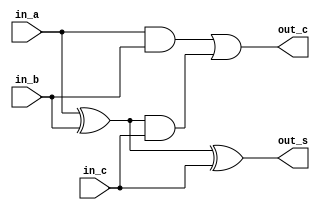
module full_add_1b(out_s, out_c, in_a, in_b, in_c);
    output out_s;
    output out_c;
    input  in_a;
    input  in_b;
    input  in_c;

    wire   temp_1;
    wire   temp_2;
    wire   temp_3;

    xor m0(temp_1, in_a,   in_b);
    and m1(temp_2, in_a,   in_b);
    xor m2(out_s,  temp_1, in_c);
    and m3(temp_3, temp_1, in_c);
    or  m4(out_c,  temp_2, temp_3);
endmodule

module full_add_2b(out_s, out_c, in_a, in_b, in_c);
    output [1:0] out_s;
    output       out_c;
    input  [1:0] in_a;
    input  [1:0] in_b;
    input        in_c;
    wire         carry;

    full_add_1b m6(out_s[0], carry, in_a[0], in_b[0], in_c);
    full_add_1b m5(out_s[1], out_c, in_a[1], in_b[1], carry);
endmodule

module full_add_4b(out_s, out_c, in_a, in_b, in_c);
    output [3:0] out_s;
    output       out_c;
    input  [3:0] in_a;
    input  [3:0] in_b;
    input        in_c;
    wire         carry;

    full_add_2b m8(out_s[1:0], carry, in_a[1:0], in_b[1:0], in_c);
    full_add_2b m7(out_s[3:2], out_c, in_a[3:2], in_b[3:2], carry);
endmodule

module full_add_8b(out_s, out_c, in_a, in_b, in_c);
    output [7:0] out_s;
    output       out_c;
    input  [7:0] in_a;
    input  [7:0] in_b;
    input        in_c;
    wire         carry;

    full_add_4b m10(out_s[3:0], carry, in_a[3:0], in_b[3:0], in_c);
    full_add_4b  m9(out_s[7:4], out_c, in_a[7:4], in_b[7:4], carry);
endmodule

module full_add_16b(out_s, out_c, in_a, in_b, in_c);
    output [15:0] out_s;
    output        out_c;
    input  [15:0] in_a;
    input  [15:0] in_b;
    input         in_c;
    wire         carry;

    full_add_8b m12(out_s[7:0],  carry,  in_a[7:0],  in_b[7:0],  in_c);
    full_add_8b m11(out_s[15:8], out_c, in_a[15:8], in_b[15:8], carry);
endmodule

module full_add_32b(out_s, out_c, in_a, in_b, in_c);
    output [31:0] out_s;
    output        out_c;
    input  [31:0] in_a;
    input  [31:0] in_b;
    input         in_c;
    wire         carry;

    full_add_16b m14(out_s[15:0],  carry,  in_a[15:0],  in_b[15:0],  in_c);
    full_add_16b m13(out_s[31:16], out_c, in_a[31:16], in_b[31:16], carry);
endmodule

// module tb_full_add_1b;
//     wire  out_s;
//     wire  out_c;
//     reg   in_a;
//     reg   in_b;
//     reg   in_c;

//     full_add_1b f0(out_s, out_c, in_a, in_b, in_c);

//     initial begin
//        in_a  = 0;
//        in_b  = 0;
//        in_c  = 0;

//        $monitor("(:a %b :b %b :cin %b :cout %b :s %b)", in_a, in_b, in_c, out_c, out_s);

//        #7 $finish;
//     end

//     always #4 in_a = ~in_a;
//     always #2 in_b = ~in_b;
//     always #1 in_c = ~in_c;

// endmodule

// module tb_full_add_32b;
//     wire  [31:0] out_s;
//     wire         out_c;
//     reg   [31:0] in_a;
//     reg   [31:0] in_b;
//     reg          in_c;

//     full_add_32b f0(out_s, out_c, in_a, in_b, in_c);

//     initial begin
//        in_a  = 0;
//        in_b  = 0;
//        in_c  = 0;

//        $monitor("(:a %d :b %d :c %d :s %d)", in_a, in_b, out_c, out_s);

//        #128 $finish;
//     end

//     always #32 in_a += 1;
//     always #1 in_b += 1;

// endmodule